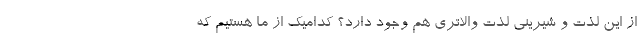
از این لذت و شیرینی لذت والاتری هم وجود دارد؟ کدامیک از ما هستیم که